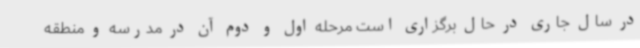
در سال جاری در حال برگزاری است مرحله اول و دوم آن در مدرسه و منطقه